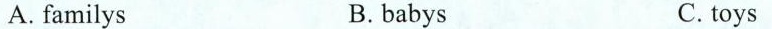
A.familys B.babys C.toys